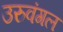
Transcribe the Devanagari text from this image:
उरुवंगल